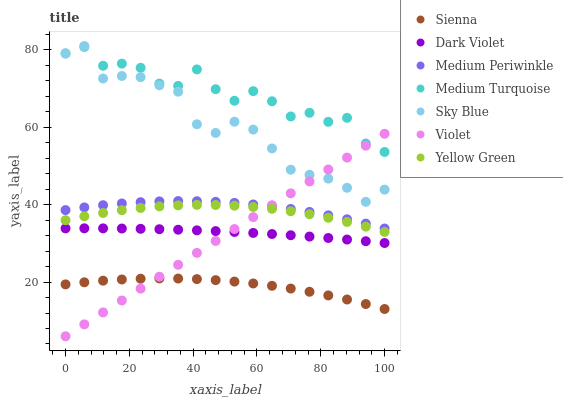
| xaxis_label | Sienna | Dark Violet | Medium Periwinkle | Medium Turquoise | Sky Blue | Violet | Yellow Green |
 | --- | --- | --- | --- | --- | --- | --- | --- |
 | 0 | 19.4 | 33.9 | 38.6 | 79.1 | 79 | 6 | 36 |
 | 5.88 | 19.9 | 33.9 | 39.3 | 80.8 | 81 | 9.08 | 37 |
 | 11.8 | 20.4 | 33.9 | 39.9 | 75.9 | 72.6 | 12.2 | 37.9 |
 | 17.6 | 20.7 | 33.8 | 40.3 | 76.4 | 73.3 | 15.2 | 38.6 |
 | 23.5 | 20.9 | 33.8 | 40.6 | 75.4 | 73 | 18.3 | 39.1 |
 | 29.4 | 20.9 | 33.7 | 40.9 | 71.3 | 70.8 | 21.4 | 39.6 |
 | 35.3 | 20.9 | 33.5 | 40.9 | 70.7 | 69.2 | 24.5 | 39.8 |
 | 41.2 | 20.8 | 33.4 | 40.9 | 75 | 60.8 | 27.5 | 39.9 |
 | 47.1 | 20.5 | 33.2 | 40.7 | 69.8 | 58.5 | 30.6 | 39.9 |
 | 52.9 | 20.1 | 33 | 40.5 | 66.9 | 61.4 | 33.7 | 39.7 |
 | 58.8 | 19.6 | 32.7 | 40.1 | 69.3 | 59.4 | 36.8 | 39.4 |
 | 64.7 | 19 | 32.4 | 39.5 | 66.7 | 54.5 | 39.9 | 38.9 |
 | 70.6 | 18.3 | 32.1 | 38.9 | 62.8 | 49 | 42.9 | 38.3 |
 | 76.5 | 17.5 | 31.8 | 38.1 | 63.7 | 47.7 | 46 | 37.5 |
 | 82.4 | 16.6 | 31.4 | 37.2 | 61.4 | 46.7 | 49.1 | 36.6 |
 | 88.2 | 15.5 | 31 | 36.2 | 62.4 | 44.4 | 52.2 | 35.5 |
 | 94.1 | 14.3 | 30.6 | 35.1 | 55.8 | 40.7 | 55.2 | 34.3 |
 | 100 | 13 | 30.1 | 33.8 | 53.6 | 43.9 | 58.3 | 33 |